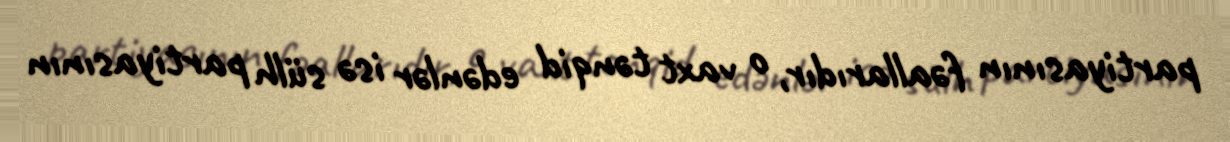
partiyasının fəallarıdır, o vaxt tənqid edənlər isə sülh partiyasının